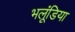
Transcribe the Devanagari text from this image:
भलूंडिया